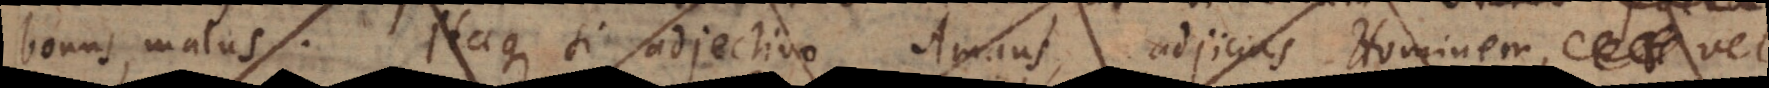
bonus, malus. Itaque si adjectivo Amans, adjicias Hom